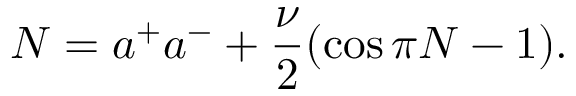
N = a ^ { + } a ^ { - } + \frac { \nu } { 2 } ( \cos \pi N - 1 ) .